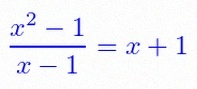
\frac{x^2-1}{x-1}=x+1